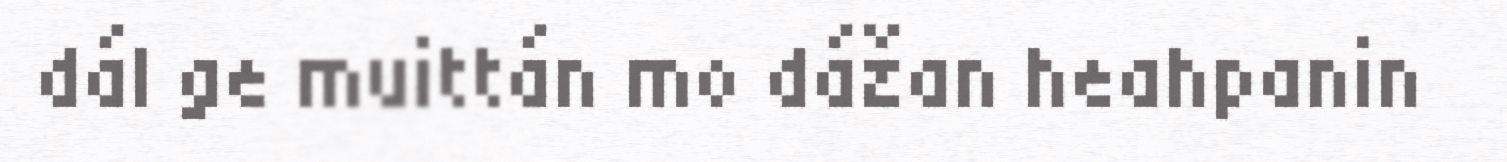
dál ge muittán mo dážan heahpanin